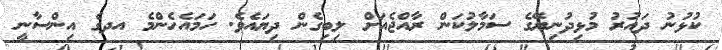
ކުޅުނު ދައުރު މުޅިދުނިޔޭގެ ސަމާލުކަން ރާއްޖެއަށް ލިބިގެން ދިޔައެވެ. ހަމައެހެންމެ އދގެ އިންސާނީ